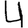
Digit: 4